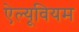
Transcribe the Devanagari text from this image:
ऐल्यूवियम